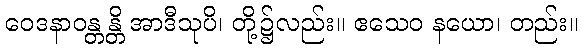
ဝေဒနာဝန္တန္တိ အာဒီသုပိ၊ တို့၌လည်း။ ဧသေဝ နယော၊ တည်း။